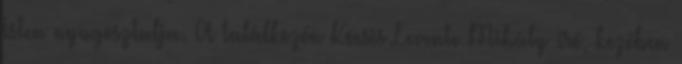
Isten nyugosztalja. A találkozón Kocsis Levente Mihály író, kezében